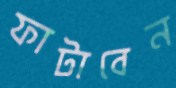
ফাটাবেন